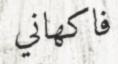
فاكھاني